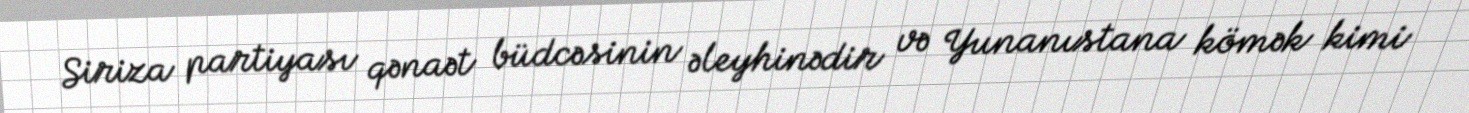
Siriza partiyası qənaət büdcəsinin əleyhinədir və Yunanıstana kömək kimi